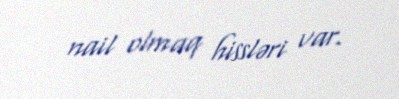
nail olmaq hissləri var.